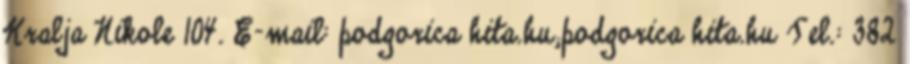
Kralja Nikole 104. E-mail: podgorica hita.hu;podgorica hita.hu Tel.: 382